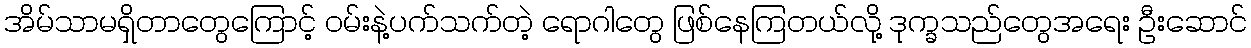
အိမ်သာမရှိတာတွေကြောင့် ဝမ်းနဲ့ပက်သက်တဲ့ ရောဂါတွေ ဖြစ်နေကြတယ်လို့ ဒုက္ခသည်တွေအရေး ဦးဆောင်